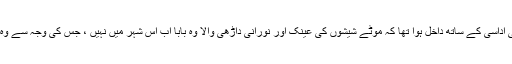
اس شہر میں وہ اِسی اداسی کے ساتھ داخل ہوا تھا کہ موٹے شیشوں کی عینک اور نورانی داڑھی والا وہ بابا اب اس شہر میں نہیں ، جس کی وجہ سے وہ آج اس مقام پر تھا۔